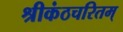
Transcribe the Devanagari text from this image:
श्रीकंठचरितम्‌